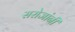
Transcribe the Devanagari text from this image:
सरोजांनी